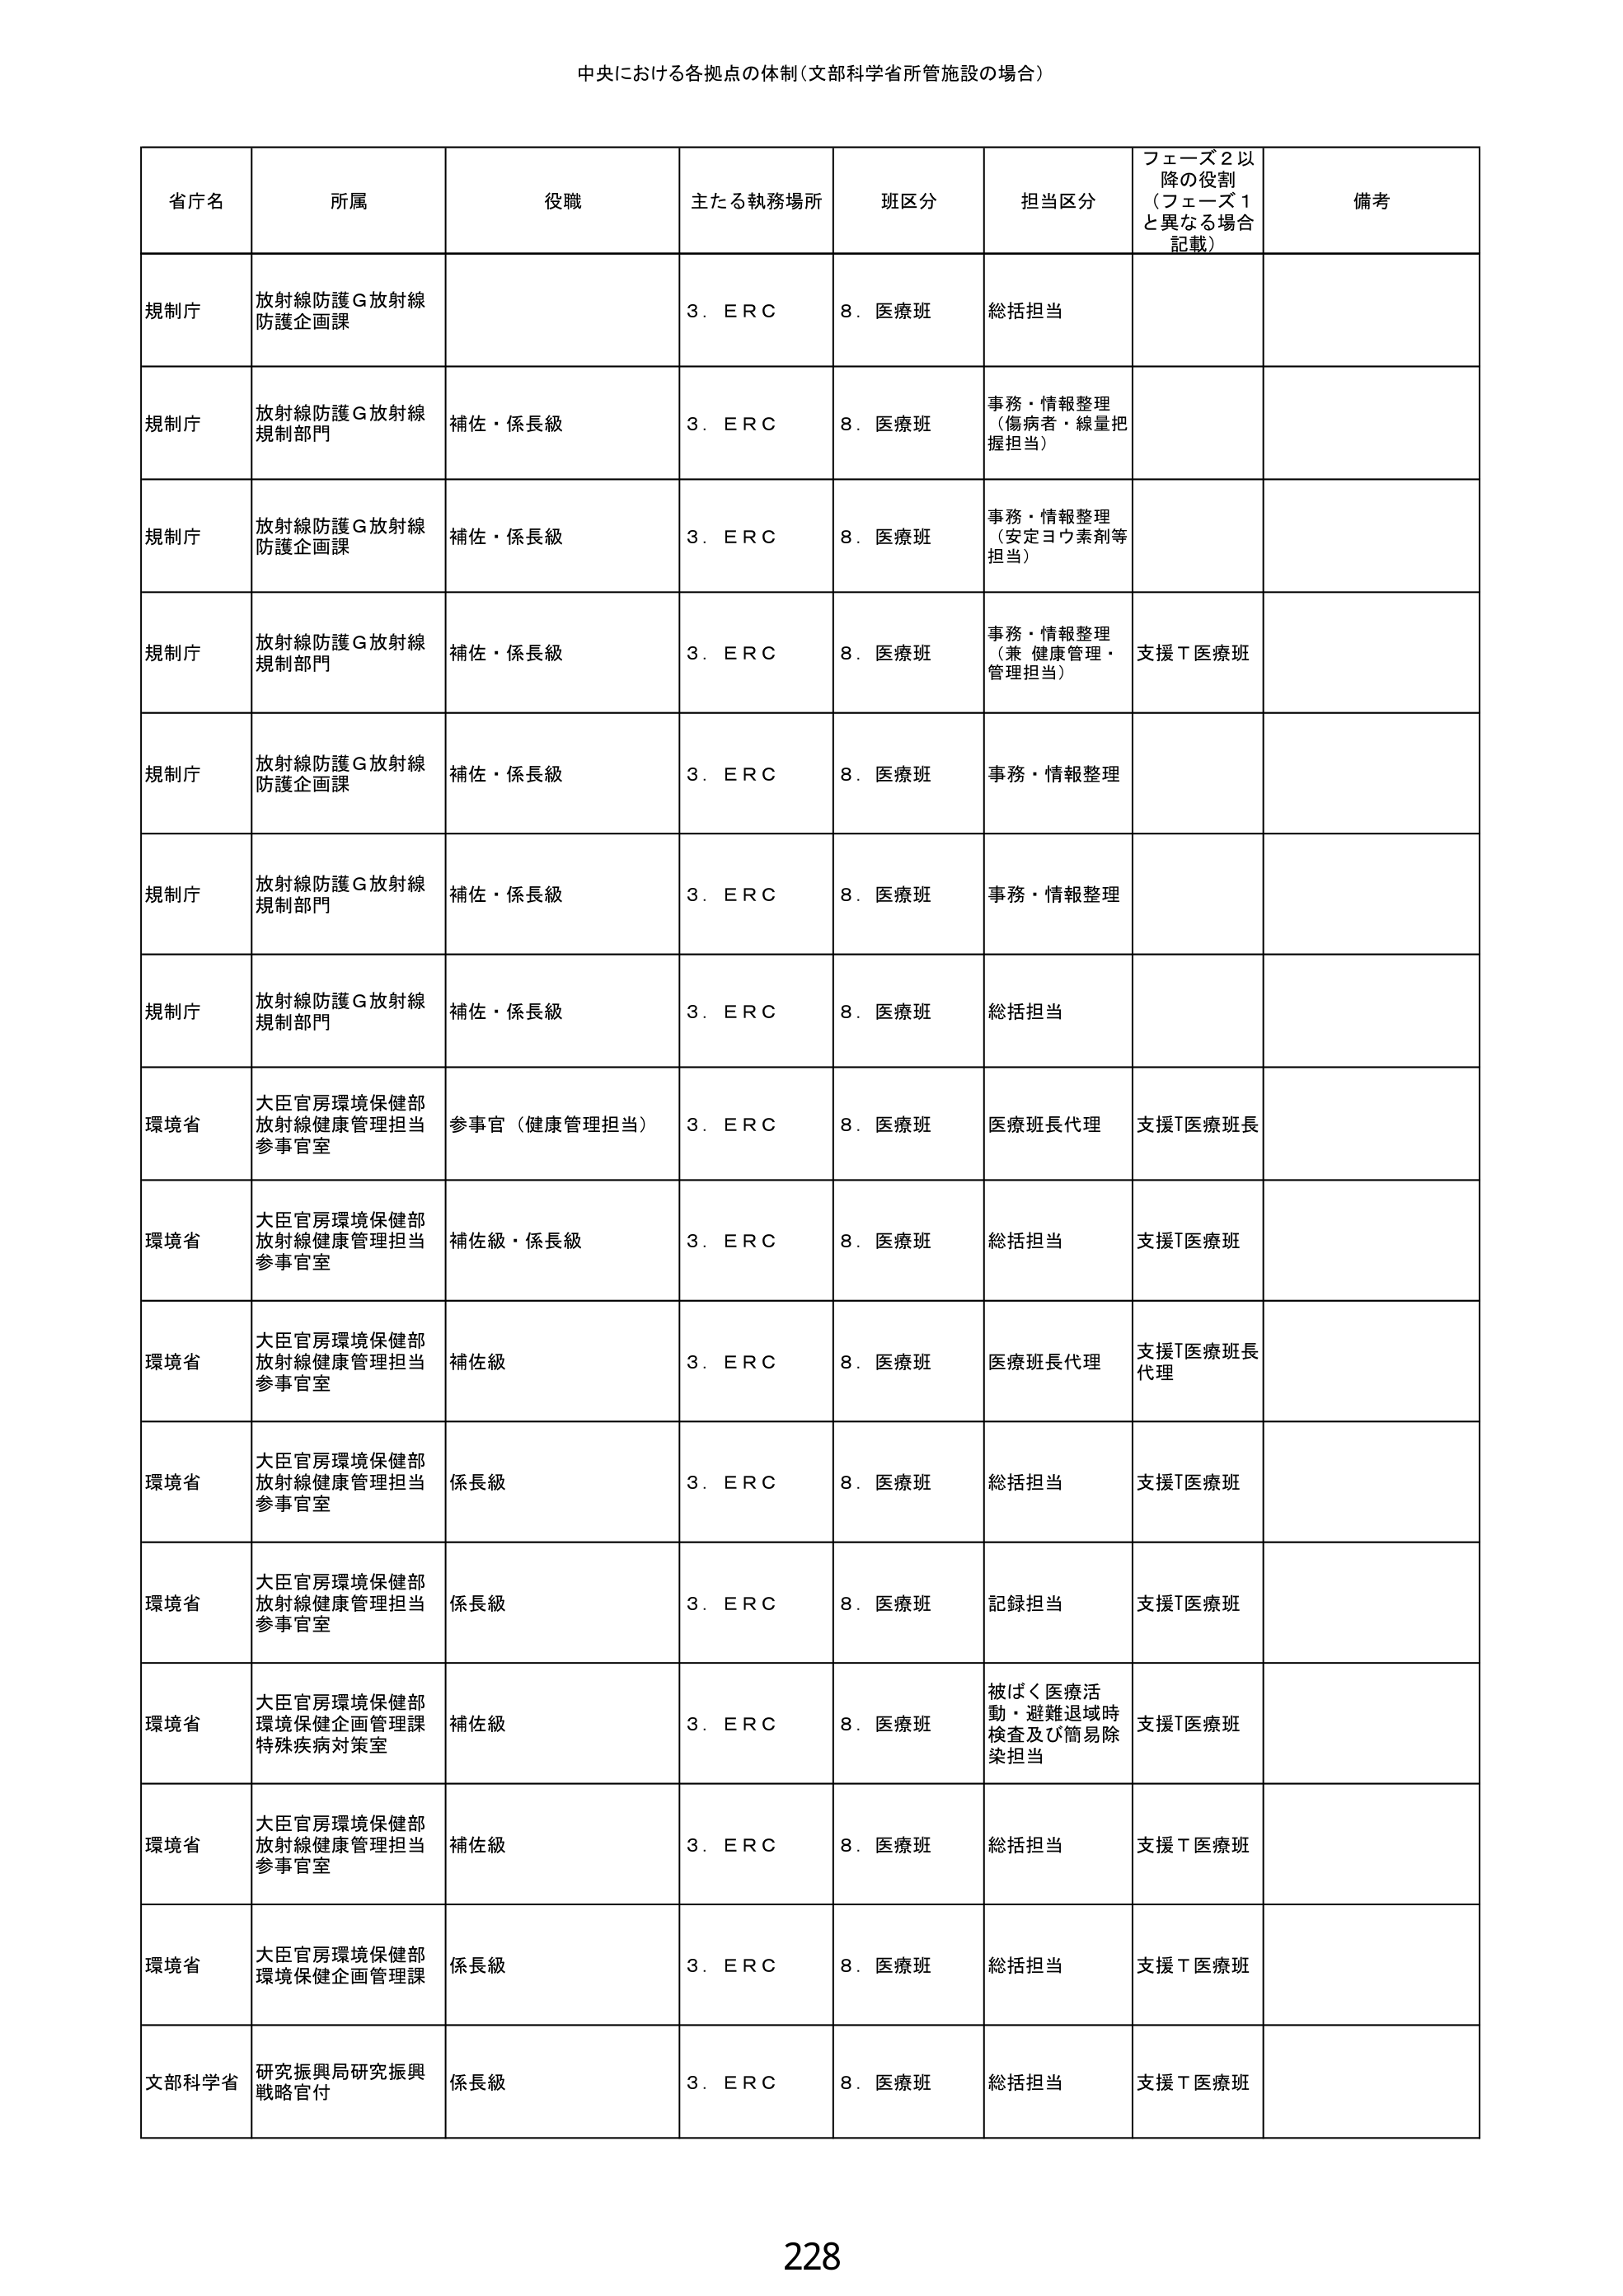
中央における各拠点の体制（文部科学省所管施設の場合）

省庁名	所属	役職	主たる執務場所	班区分	担当区分	フェーズ2以降の役割（フェーズ1と異なる場合記載）	備考
規制庁	放射線防護Ｇ放射線防護企画課		3．ＥＲＣ	8．医療班	総括担当
規制庁	放射線防護Ｇ放射線規制部門	補佐・係長級	3．ＥＲＣ	8．医療班	事務・情報整理（傷病者・線量把握担当）
規制庁	放射線防護Ｇ放射線防護企画課	補佐・係長級	3．ＥＲＣ	8．医療班	事務・情報整理（安定ヨウ素剤等担当）
規制庁	放射線防護Ｇ放射線規制部門	補佐・係長級	3．ＥＲＣ	8．医療班	事務・情報整理（兼 健康管理・管理担当）	支援Ｔ医療班
規制庁	放射線防護Ｇ放射線防護企画課	補佐・係長級	3．ＥＲＣ	8．医療班	事務・情報整理
規制庁	放射線防護Ｇ放射線規制部門	補佐・係長級	3．ＥＲＣ	8．医療班	事務・情報整理
規制庁	放射線防護Ｇ放射線規制部門	補佐・係長級	3．ＥＲＣ	8．医療班	総括担当
環境省	大臣官房環境保健部放射線健康管理担当参事官室	参事官（健康管理担当）	3．ＥＲＣ	8．医療班	医療班長代理	支援Ｔ医療班長
環境省	大臣官房環境保健部放射線健康管理担当参事官室	補佐級・係長級	3．ＥＲＣ	8．医療班	総括担当	支援Ｔ医療班
環境省	大臣官房環境保健部放射線健康管理担当参事官室	補佐級	3．ＥＲＣ	8．医療班	医療班長代理	支援Ｔ医療班長代理
環境省	大臣官房環境保健部放射線健康管理担当参事官室	係長級	3．ＥＲＣ	8．医療班	総括担当	支援Ｔ医療班
環境省	大臣官房環境保健部放射線健康管理担当参事官室	係長級	3．ＥＲＣ	8．医療班	記録担当	支援Ｔ医療班
環境省	大臣官房環境保健部環境保健企画管理課特殊疾病対策室	補佐級	3．ＥＲＣ	8．医療班	被ばく医療活動・避難退域時検査及び簡易除染担当	支援Ｔ医療班
環境省	大臣官房環境保健部放射線健康管理担当参事官室	補佐級	3．ＥＲＣ	8．医療班	総括担当	支援Ｔ医療班
環境省	大臣官房環境保健部環境保健企画管理課	係長級	3．ＥＲＣ	8．医療班	総括担当	支援Ｔ医療班
文部科学省	研究振興局研究振興戦略官付	係長級	3．ＥＲＣ	8．医療班	総括担当	支援Ｔ医療班

228